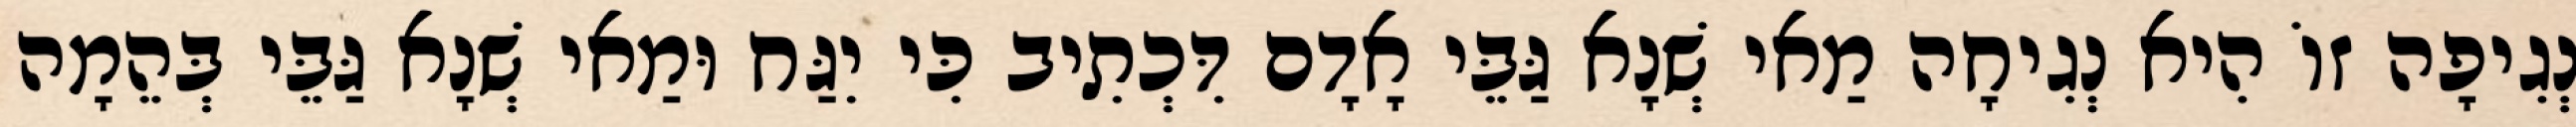
נְגִיפָה זוֹ הִיא נְגִיחָה מַאי שְׁנָא גַּבֵּי אָדָם דִּכְתִיב כִּי יִגַּח וּמַאי שְׁנָא גַּבֵּי בְּהֵמָה